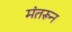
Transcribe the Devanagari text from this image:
मंतरून